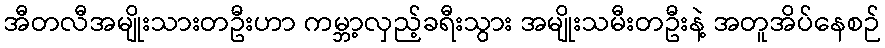
အီတလီအမျိုးသားတဦးဟာ ကမ္ဘာ့လှည့်ခရီးသွား အမျိုးသမီးတဦးနဲ့ အတူအိပ်နေစဉ်